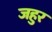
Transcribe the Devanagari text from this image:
जहुर